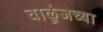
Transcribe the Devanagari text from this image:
वाळूंजच्या